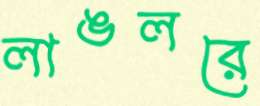
লাঙলরে